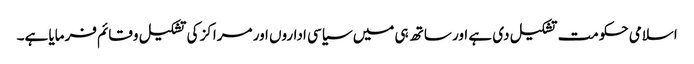
اسلامی حکومت تشکیل دی ہے اور ساتھ ہی میں سیاسی اداروں اور مراکز کی تشکیل وقائم فرمایا ہے۔